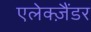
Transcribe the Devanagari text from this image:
एलेक्ज़ैंडर